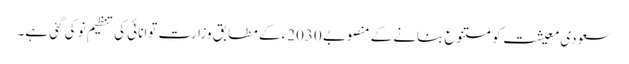
سعودی معیشت کو متنوع بنانے کے منصوبے 2030ء کے مطابق وزارتِ توانائی کی تنظیمِ نو کی گئی ہے۔